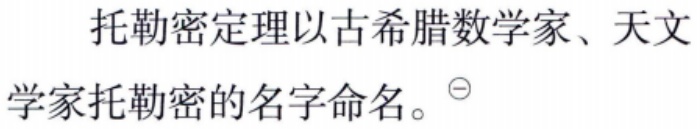
托勒密定理以古希腊数学家、天文学家托勒密的名字命名。$^{\ominus}$